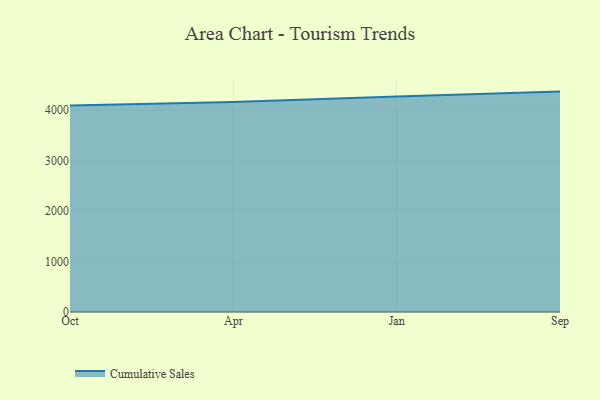
{"axis": {"x": "Month", "y": "Tickets Resolved"}, "legend": ["Cumulative Sales"], "data": [{"x": "Oct", "y": 4093.4, "type": "Cumulative Sales"}, {"x": "Apr", "y": 4161.5, "type": "Cumulative Sales"}, {"x": "Jan", "y": 4274.8, "type": "Cumulative Sales"}, {"x": "Sep", "y": 4370.1, "type": "Cumulative Sales"}]}